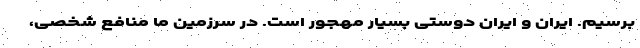
برسیم. ایران و ایران دوستی بسیار مهجور است. در سرزمین ما منافع شخصی،